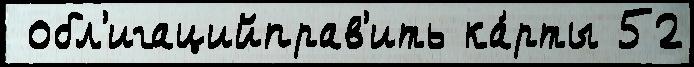
 обл'игацийправ'ить ка́рты 52